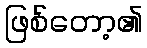
ဖြစ်တော့၏